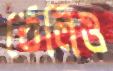
ঠেলিও